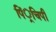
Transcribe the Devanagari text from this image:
पिं्रचिपी